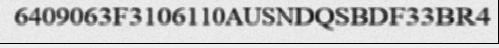
6409063F3106110AUSNDQSBDF33BR4